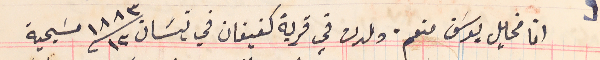
انا مخايل يوسَف منعم. ولدت في قرية كفيفان في نيسَان ١٣ /١٨٨٣ مسَيحية